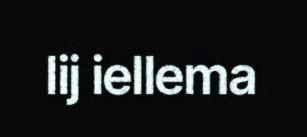
lij iellema